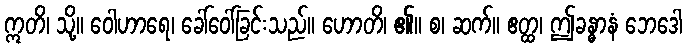
ဣတိ၊ သို့။ ဝေါဟာရေ၊ ခေါ်ဝေါ်ခြင်းသည်။ ဟောတိ၊ ၏။ စ၊ ဆက်။ ဧတ္ထ၊ ဤခန္ဓာနံ ဘေဒေါ